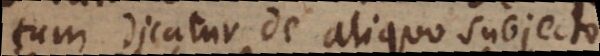
tum dicatur de aliquo subjecto.